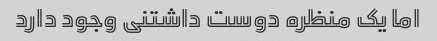
اما یک منظره دوست داشتنی وجود دارد